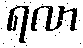
ရလာ